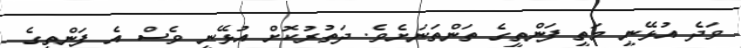
ވަދެ އުޅޭނީ މަތީ ފަންތީގެ ތަންތަނަށެވެ. ދަތުރުކޮށް އުޅޭނީ ވެސް އެ ފަންތީގެ